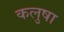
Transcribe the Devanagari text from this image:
कलुषा